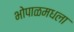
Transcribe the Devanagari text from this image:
भोपाळमधला